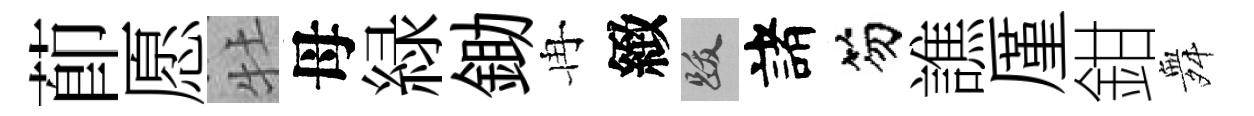
莭愿牡母緑鋤冉緻跋諸笏譙厪鉗舞